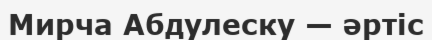
Мирча Абдулеску — әртіс